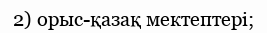
2) орыс-қазақ мектептері;